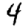
Digit: 4